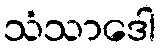
သံသာဒေါ